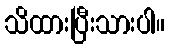
သိထားပြီးသားပါ။